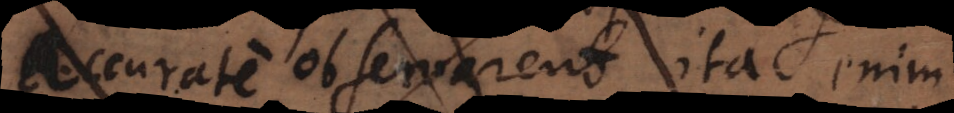
accurate observarent, ita enim